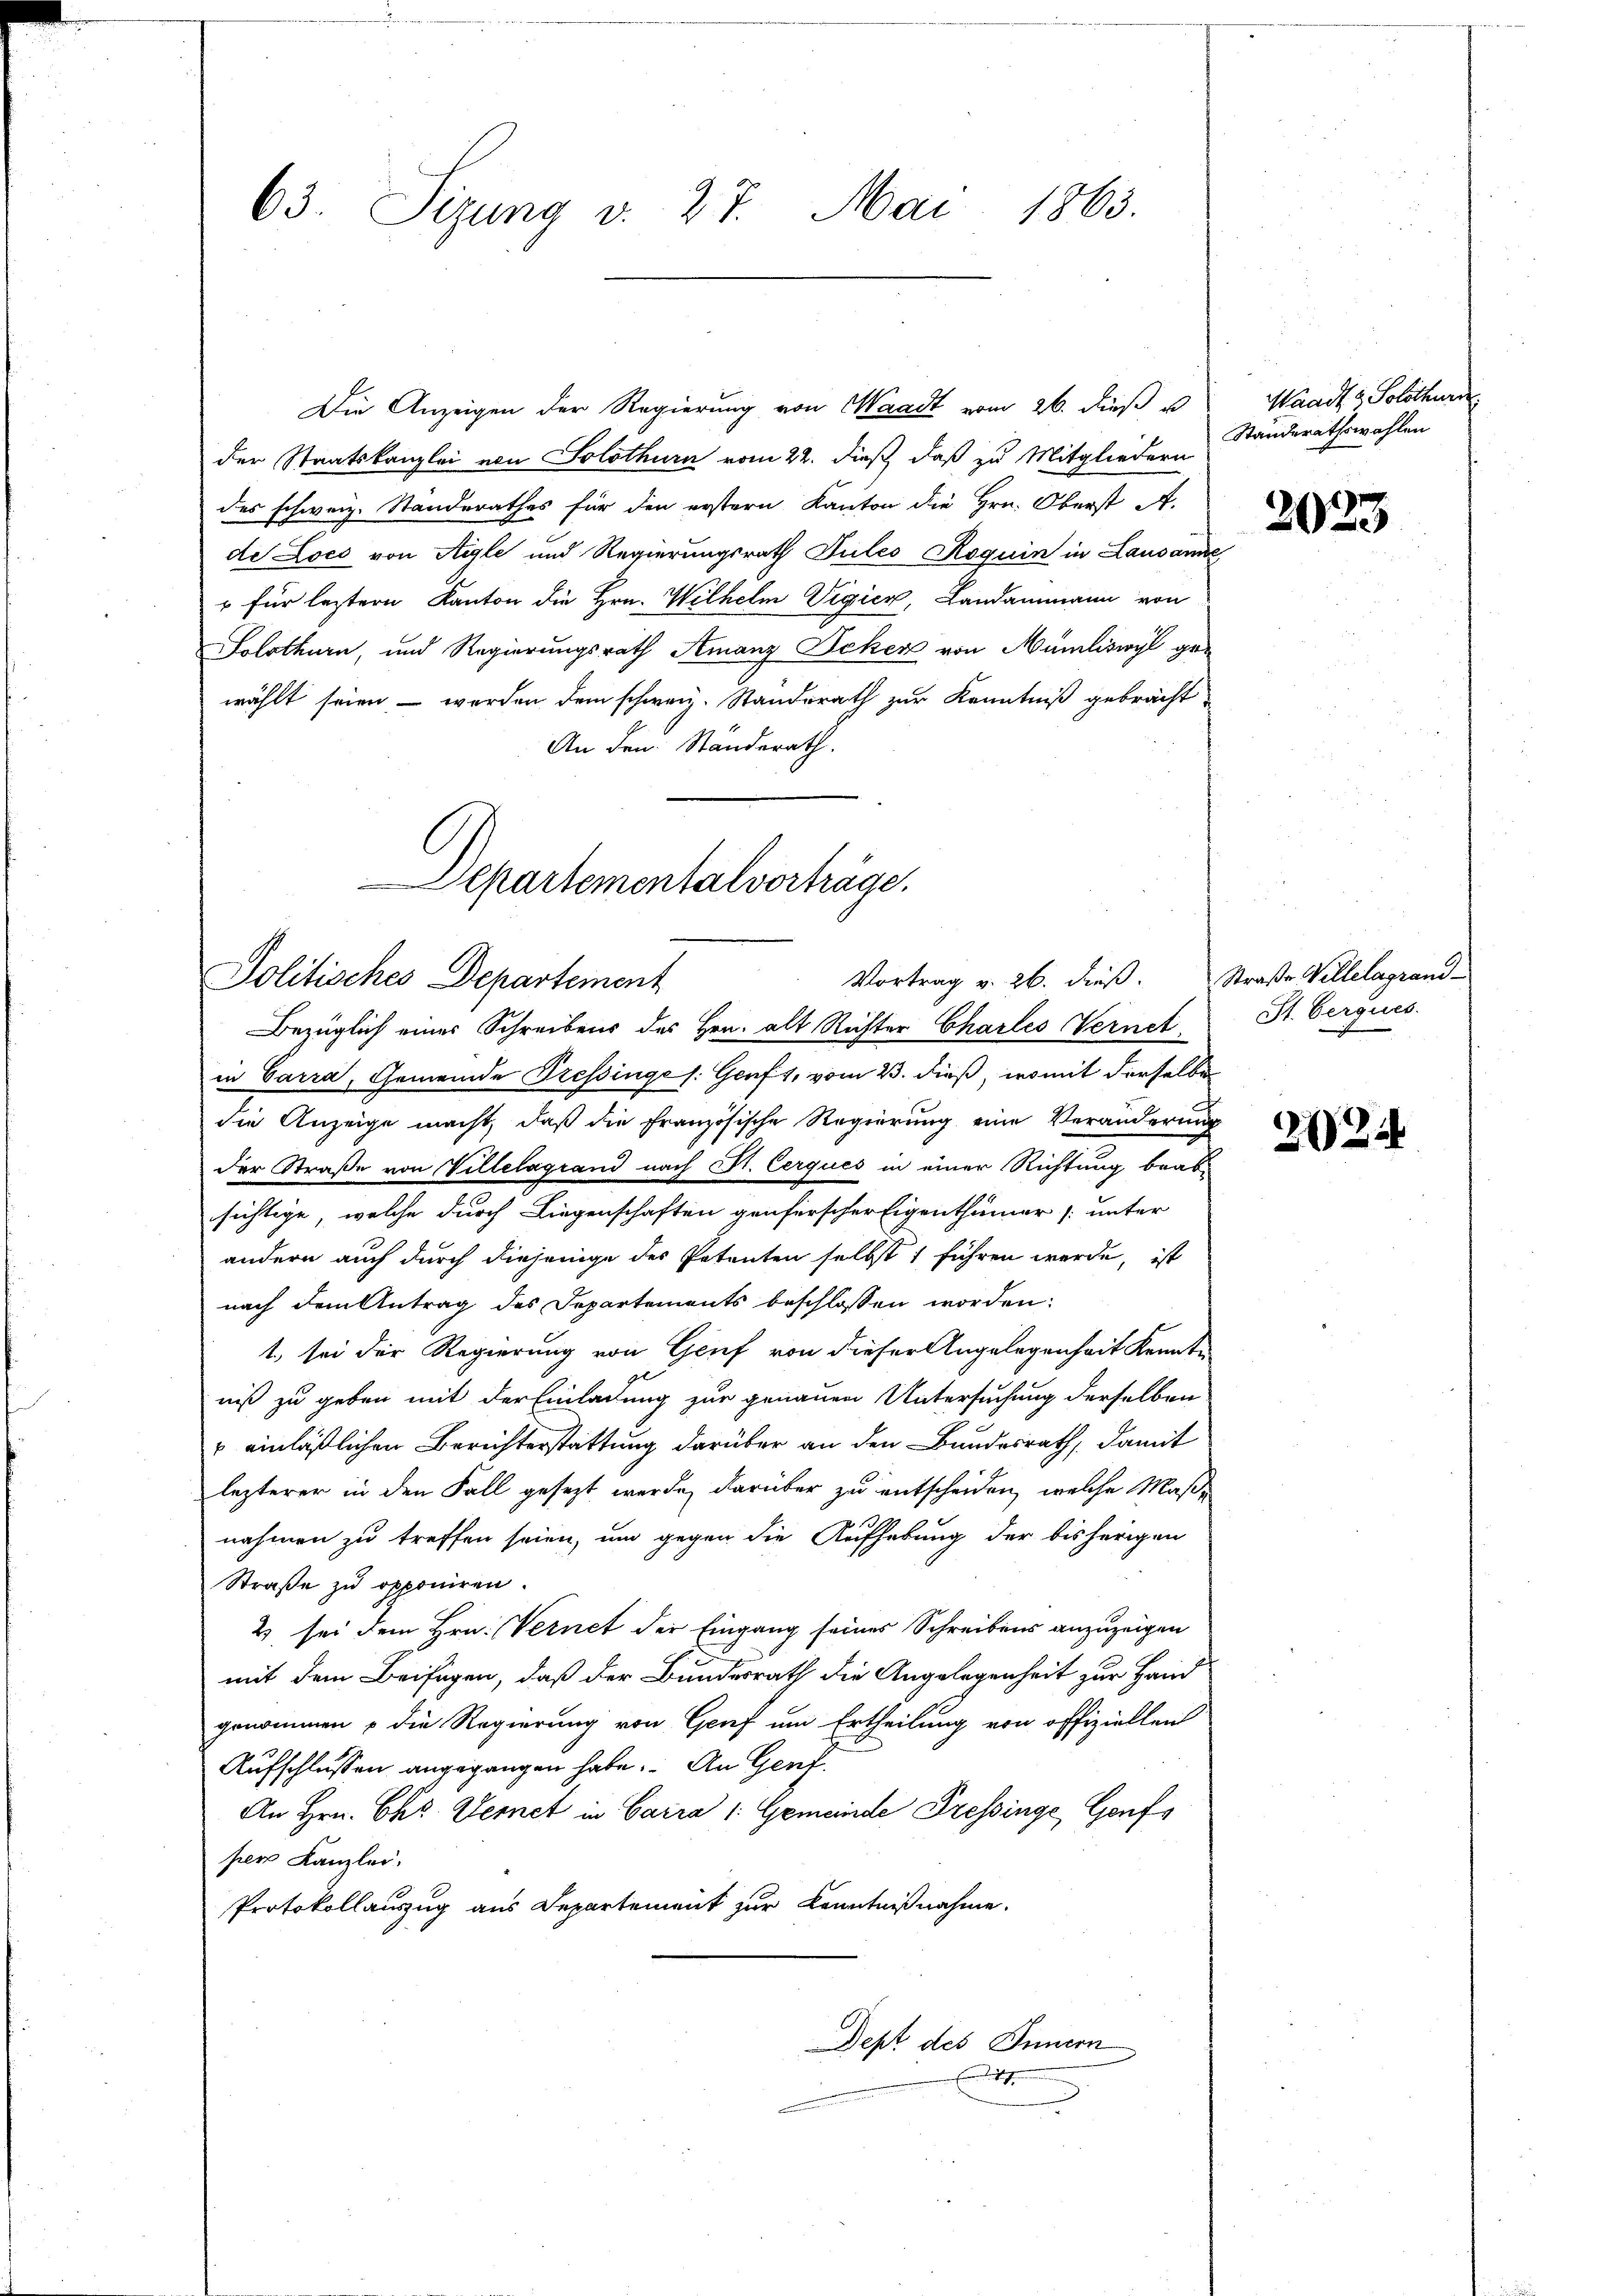
63. Sizung v. 27. Mai 1863.

der Staatskanzlei von Solothurn vom 22. dieß, daß zu Mitgliedern
des schweiz. Standerathes für den erstern Kanton die Hrn. Oberst A.
de Locs von Aigle und Regierungsrath Tules Roquin in Lausanne
" für leztern Kanton die Hrn. Wilhelm Vigier, Landammann von
Solothurn, und Regierungsrath Amanz Scher von Mumliswyl ge-
wählt seien - werden dem schweiz. Standsrath zur Kenntniß gebracht
An den Standerath.

Departementalvorträge.
Vortrag v. 26. dieß. Straße Villelagrand-
Politisches Departement

Bezüglich einer Schreibens des Hrn. alt Richter Charles Vernet.
in Carra, Gemeinde Tressinge /: Genf 1, vom 23. dieß, womit derselbe
die Anzeige macht, daß die Französische Regierung eine Veränderung
der Straße von Villelagrand nach St. Cerques in einer Richtung beabsichtige, welche durch Liegenschaften genferscher Eigenthümer [unter
andern auch durch diejenige des Petenten selbst 1 führen werde, ist
nach dem Antrag des Departements beschlossen worden:
1. sei der Regierung von Grief von dieser Angelegenheit Kennte
niß zu geben mit der Einladung zur genauen Untersuchung derselben
" einläßlichen Berichterstattung darüber an den Bundesrath, damit
lezterer in den Fall gesezt werde, darüber zu entscheiden, welche Maßnahmen zu treffen seien, um gegen die Aufhebung der bisherigen
Straße zu opponiren.
2 sei dem Hrn. Vernet der Eingang seines Schreibens anzuzeigen
mit dem Beifügen, daß der Bundesrath die Angelegenheit zur Hand
genommen & die Regierung von Genf um Ertheilung von offiziellen
Aufschlussen angegangen habe. An Gent
An Hrn. Chr. Vernet in Carra /: Gemeinde Fressinge, Gonfper Kanzlei.
Protokollauszug aus Departement zur Kenntnißnahme.
Dept des Innern
E

Die Anzeigen der Regierung von Waadt vom 26. dieß u

Waadt & Solothurn
Standerathswahlen

2023

St. Gerques.

2024